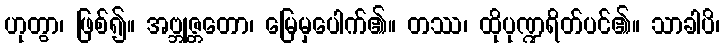
ဟုတွာ၊ ဖြစ်၍။ အဗ္ဘုဇ္တတော၊ မြေမှပေါက်၏။ တဿ၊ ထိုပုဏ္ဍရိတ်ပင်၏။ သာခါပိ၊